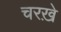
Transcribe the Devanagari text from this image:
चरख़े